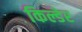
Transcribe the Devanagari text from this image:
किल्डेर